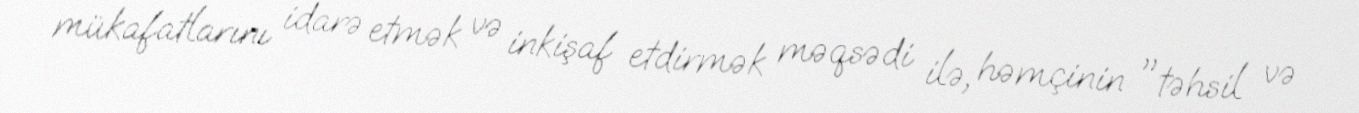
mükafatlarını idarə etmək və inkişaf etdirmək məqsədi ilə, həmçinin "təhsil və